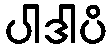
ပါဒါပိ